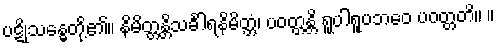
ပဋိုသန္ဓေတို့၏။ နိမိတ္တန္တိသင်္ခါရနိမိတ္တံ၊ ပဝတ္တန္တိ ရူပါရူပဘဝေ ပဝတ္တတိ။ ။